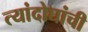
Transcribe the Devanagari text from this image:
त्यांदोघांची